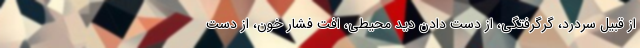
از قبیل سردرد، گرگرفتگی، از دست دادن دید محیطی، افت فشار خون، از دست